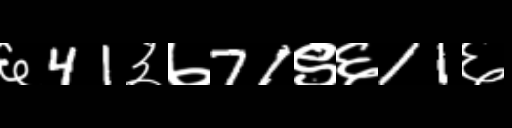
Text: ६41३७71९६11६